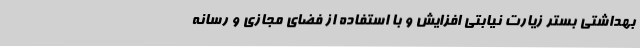
بهداشتی بستر زیارت نیابتی افزایش و با استفاده از فضای مجازی و رسانه